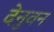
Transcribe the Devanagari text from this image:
देनुवन